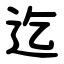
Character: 迄